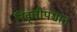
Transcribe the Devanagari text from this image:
निवृत्तीपश्चात